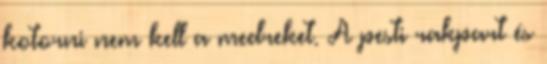
kotorni nem kell a medreket. A pesti rakpart és